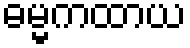
ဓမ္မကထာယ